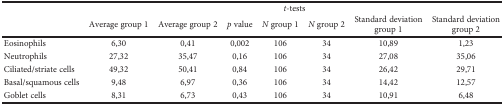
<table><thead><tr><td rowspan="2"></td><td colspan="7"><b><i>t</i>-tests</b></td></tr><tr><td><b>Average group 1</b></td><td><b>Average group 2</b></td><td><b><i>p</i> value</b></td><td><b><i>N</i> group 1</b></td><td><b><i>N</i> group 2</b></td><td><b>Standard deviation group 1</b></td><td><b>Standard deviation group 2</b></td></tr></thead><tbody><tr><td>Eosinophils</td><td>6,30</td><td>0,41</td><td>0,002</td><td>106</td><td>34</td><td>10,89</td><td>1,23</td></tr><tr><td>Neutrophils</td><td>27,32</td><td>35,47</td><td>0,16</td><td>106</td><td>34</td><td>27,08</td><td>35,06</td></tr><tr><td>Ciliated/striate cells</td><td>49,32</td><td>50,41</td><td>0,84</td><td>106</td><td>34</td><td>26,42</td><td>29,71</td></tr><tr><td>Basal/squamous cells</td><td>9,48</td><td>6,97</td><td>0,36</td><td>106</td><td>34</td><td>14,42</td><td>12,57</td></tr><tr><td>Goblet cells</td><td>8,31</td><td>6,73</td><td>0,43</td><td>106</td><td>34</td><td>10,91</td><td>6,48</td></tr></tbody></table>